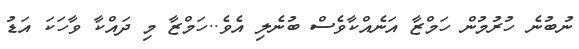
ނުބުނެ ހުރުމުން ހަމްޒާ އަނެއްކާވެސް ބުނެލި އެވެ..ހަމްޒާ މި ދައްކާ ވާހަކަ އަޑު